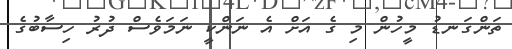
ތަންގަނޑު މީހުން މި ގެ އަށް އެ ނަންކީ ނަމަވެސް ދުރު ހިސާބުގެ